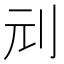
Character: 刓